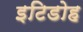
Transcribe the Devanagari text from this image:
इटिडोह